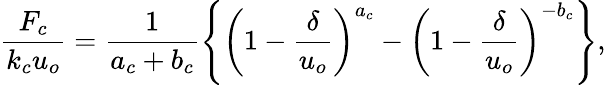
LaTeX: \frac{F_{c}}{k_{c}u_{o}}=\frac{1}{a_{c}+b_{c}}\left\{ \left(1-\frac{\delta}{u_{o}}\right)^{a_{c}}-\left(1-\frac{\delta}{u_{o}}\right)^{-b_{c}}\right\} ,